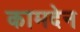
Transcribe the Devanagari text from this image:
कामदेन